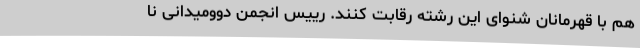
هم با قهرمانان شنوای این رشته رقابت کنند. رییس انجمن دوومیدانی نا